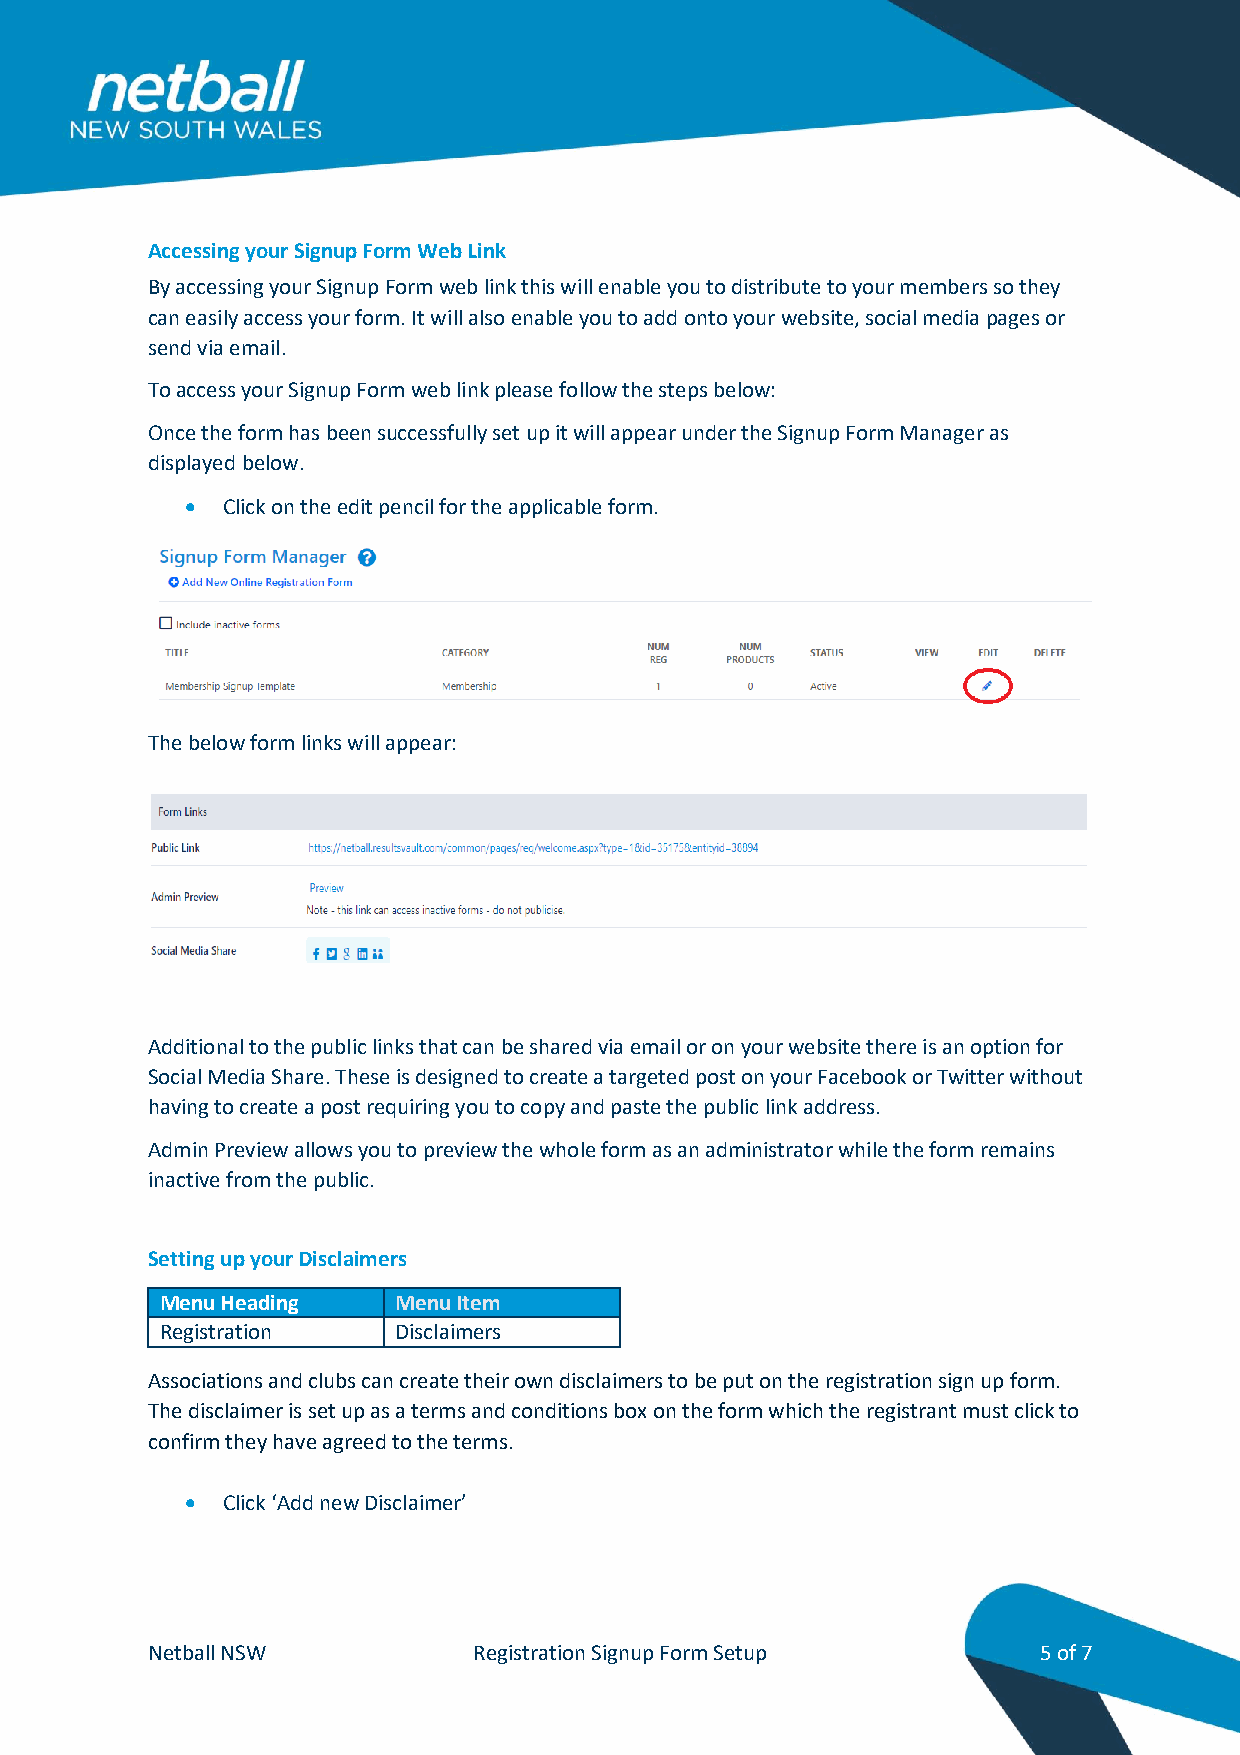
Accessing your Signup Form Web Link
 By accessing your Signup Form web link this will enable you to distribute to your members so they
 can easily access your form. It will also enable you to add onto your website, social media pages or
 send via email.
 To access your Signup Form web link please follow the steps below:
 Once the form has been successfully set up it will appear under the Signup Form Manager as
 displayed below.
   Click on the edit pencil for the applicable form.
 The below form links will appear:
 Additional to the public links that can be shared via email or on your website there is an option for
 Social Media Share. These is designed to create a targeted post on your Facebook or Twitter without
 having to create a post requiring you to copy and paste the public link address.
 Admin Preview allows you to preview the whole form as an administrator while the form remains
 inactive from the public.
 Setting up your Disclaimers
 Menu Heading   Menu Item
 Registration   Disclaimers
 Associations and clubs can create their own disclaimers to be put on the registration sign up form.
 The disclaimer is set up as a terms and conditions box on the form which the registrant must click to
 confirm they have agreed to the terms.
   Click ‘Add new Disclaimer’
 Netball NSW          Registration Signup Form Setup        5 of 7